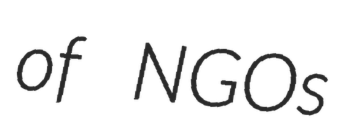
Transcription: of NGOs